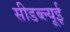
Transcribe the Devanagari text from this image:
सीडब्ल्यूई